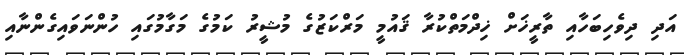
އަދި ދިވެހިބަހާއި ތާރީޚަށް ޚިދްމަތްކުރާ ޤައުމީ މަރްކަޒުގެ މުޝީރު ކަމުގެ މަގާމުގައި ހުންނަވައިގެންނާއި